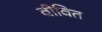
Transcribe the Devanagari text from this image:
वीवित